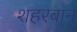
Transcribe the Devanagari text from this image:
शहरबान